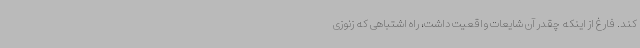
کند. فارغ از اینکه چقدر آن شایعات واقعیت داشت، راه اشتباهی که زنوزی